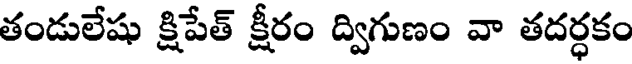
తండులేషు క్షిపేత్ క్షీరం ద్విగుణం వా తదర్ధకం